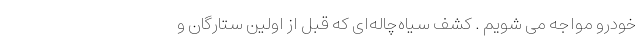
خودرو مواجه می شویم . کشف سیاه‌چاله‌ای که قبل از اولین ستارگان و